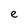
Character: e